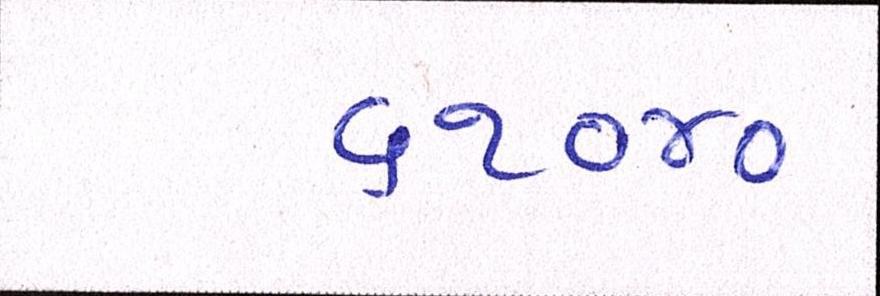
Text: ૬૧૦૪૦